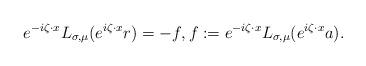
LaTeX: \begin{align*} e^{-i \zeta\cdot x}L_{\sigma,\mu}(e^{i \zeta\cdot x}r) = - f,f := e^{-i \zeta\cdot x} L_{\sigma,\mu}(e^{i \zeta\cdot x}a).\end{align*}